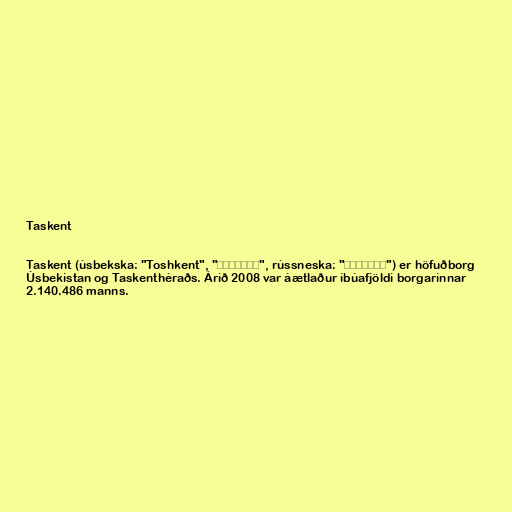
Taskent

Taskent (úsbekska: "Toshkent", "Тошкент", rússneska: "Ташкент") er höfuðborg
Úsbekistan og Taskenthéraðs. Árið 2008 var áætlaður íbúafjöldi borgarinnar
2.140.486 manns.